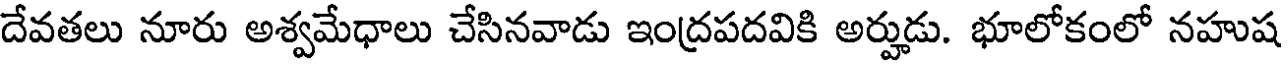
దేవతలు నూరు అశ్వమేధాలు చేసినవాడు ఇంద్రపదవికి అర్హుడు. భూలోకంలో నహుష